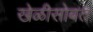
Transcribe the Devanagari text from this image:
खेळीसोबत